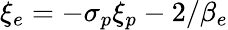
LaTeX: \xi_{e}=-\sigma_{p}\xi_{p}-2/\beta_{e}